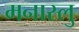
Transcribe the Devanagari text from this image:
मनास्लु